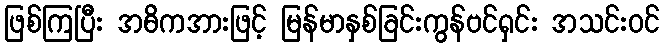
ဖြစ်ကြပြီး အဓိကအားဖြင့် မြန်မာနှစ်ခြင်းကွန်ဗင်ရှင်း အသင်းဝင်